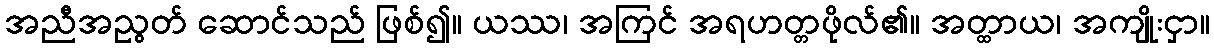
အညီအညွတ် ဆောင်သည် ဖြစ်၍။ ယဿ၊ အကြင် အရဟတ္တဖိုလ်၏။ အတ္ထာယ၊ အကျိုးငှာ။